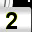
Digit: 2